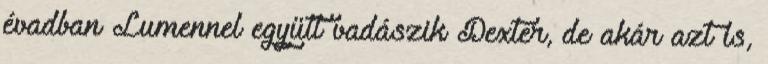
évadban Lumennel együtt vadászik Dexter, de akár azt is,